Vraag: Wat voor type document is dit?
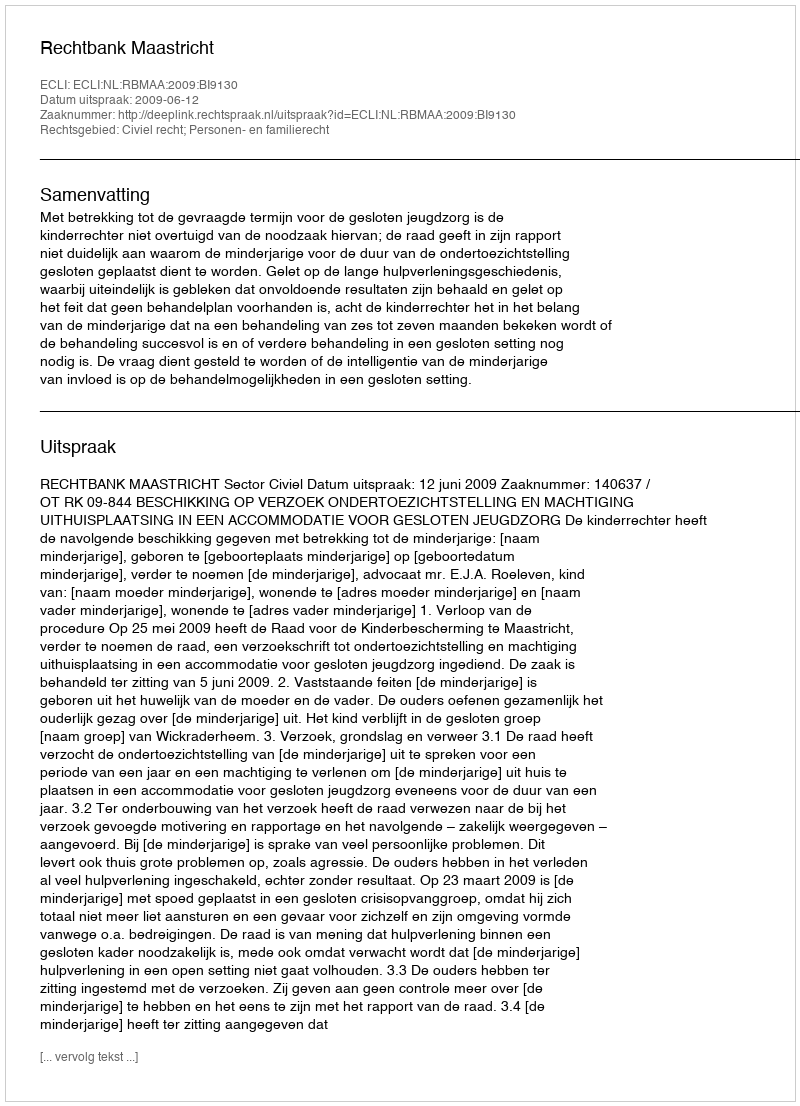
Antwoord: Uitspraak